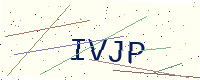
Text: IVJP